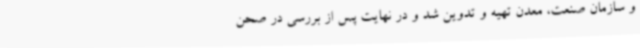
و سازمان صنعت، معدن تهیه و تدوین شد و در نهایت پس از بررسی در صحن